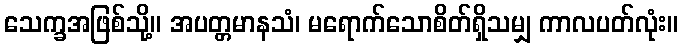
သေက္ခအဖြစ်သို့။ အပတ္တမာနသံ၊ မရောက်သောစိတ်ရှိသမျှ ကာလပတ်လုံး။